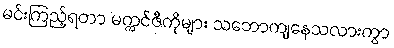
မင်းကြည့်ရတာ မက္ကင်ဇီကိုများ သဘောကျနေသလားကွာ